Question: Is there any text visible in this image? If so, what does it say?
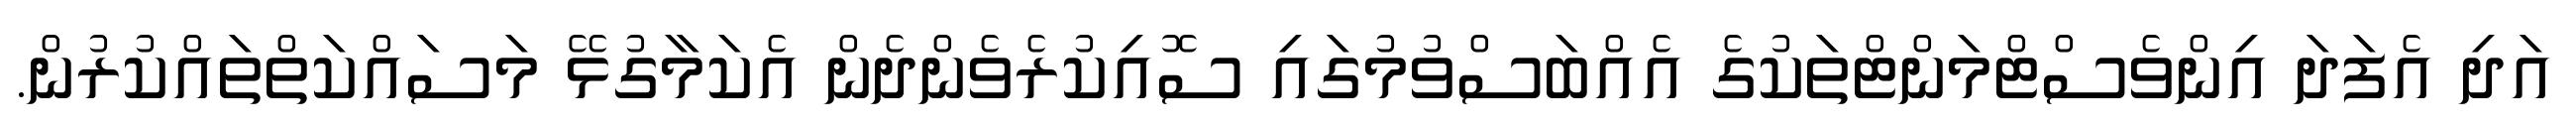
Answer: އަދި އެފަދަ އިންވެސްޓްމަންޓްތަކުގެ އެއްބަސްވުމުގައި ސޮއިކުރެވެންދެން އެކަމާގުޅޭ މަސައްކަތްތައްކުރުން.